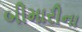
બીમારીના